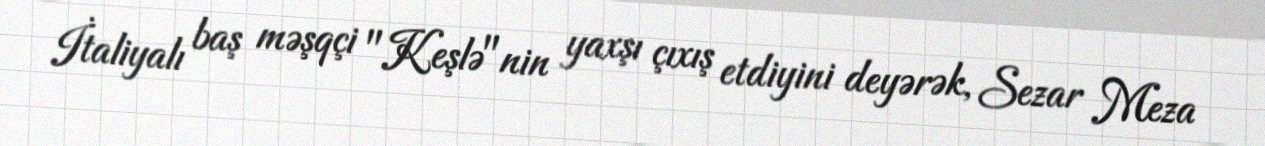
İtaliyalı baş məşqçi "Keşlə"nin yaxşı çıxış etdiyini deyərək, Sezar Meza